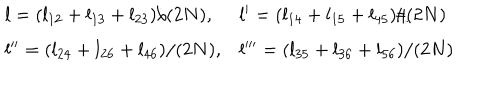
\begin{array} { l l } { { l = ( l _ { 1 2 } + l _ { 1 3 } + l _ { 2 3 } ) / ( 2 N ) , } } & { { l ^ { \prime } = ( l _ { 1 4 } + l _ { 1 5 } + l _ { 4 5 } ) / ( 2 N ) } } \\ { { l ^ { \prime \prime } = ( l _ { 2 4 } + l _ { 2 6 } + l _ { 4 6 } ) / ( 2 N ) , } } & { { l ^ { \prime \prime \prime } = ( l _ { 3 5 } + l _ { 3 6 } + l _ { 5 6 } ) / ( 2 N ) } } \\ \end{array}